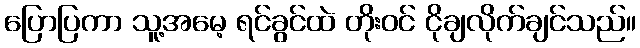
ပြောပြကာ သူ့အမေ့ ရင်ခွင်ထဲ တိုးဝင် ငိုချလိုက်ချင်သည်။